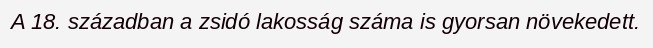
A 18. században a zsidó lakosság száma is gyorsan növekedett.